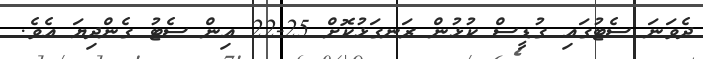
ދެވަނަ ސެޓުގައި ގުޑީސް ކުޅުން ރަނގަޅުކޮށް 25-22 އިން ސެޓު ގެންދިޔަ އެވެ.